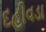
દહીવડા